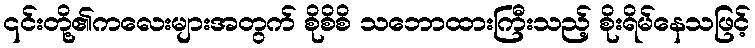
၎င်းတို့၏ကလေးများအတွက် စိုစိစိ သဘောထားကြီးသည့် စိုးရိမ်နေသဖြင့်